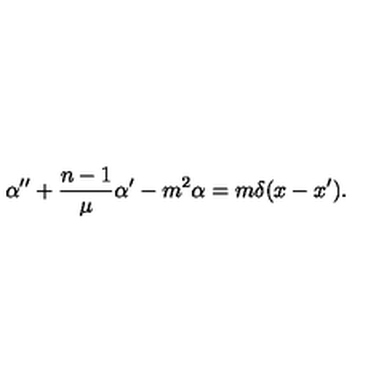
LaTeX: \alpha ^ { \prime \prime } + \frac { n - 1 } \mu \alpha ^ { \prime } - m ^ { 2 } \alpha = m \delta ( x - x ^ { \prime } ) .